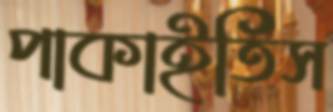
পাকাইতিস